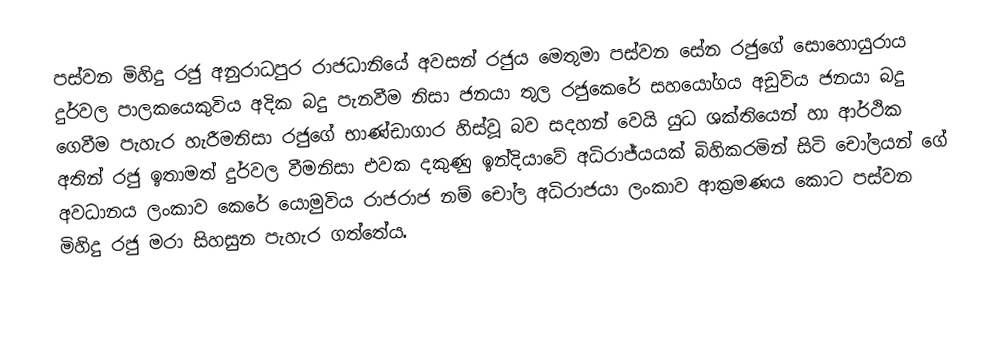
පස්වන මිහිදු රජු අනුරාධපුර රාජධානියේ අවසන් රජුය මෙතුමා පස්වන සේන රජුගේ සොහොයුරාය දුර්වල පාලකයෙකුවිය අදික බදු පැනවීම නිසා ජනයා තුල රජුකෙරේ සහයෝගය අඩුවිය ජනයා බදු ගෙවීම පැහැර හැරීමනිසා රජුගේ භාණ්ඩාගාර හිස්වූ බව සදහන් වෙයි යුධ ශක්තියෙන් හා ආර්ථික අතින් රජු ඉතාමත් දුර්වල වීමනිසා එවක දකුණු ඉන්දියාවේ අධිරාජ්යයක් බිහිකරමින් සිටි චෝලයන් ගේ අවධානය ලංකාව කෙරේ යොමුවිය රාජරාජ නම් චෝල අධිරාජයා ලංකාව ආක්‍රමණය කොට පස්වන මිහිදු රජු මරා සිහසුන පැහැර ගත්තේය.